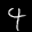
Label: 4